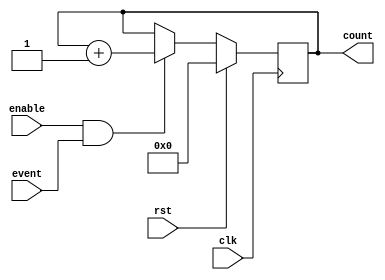
module Counter (
    input clk,
    input rst,
    input event,
    input enable,
    output reg [7:0] count
);

always @(posedge clk) begin
    if (rst) begin
        count <= 8'b0;
    end else if (enable && event) begin
        count <= count + 1;
    end
end

endmodule